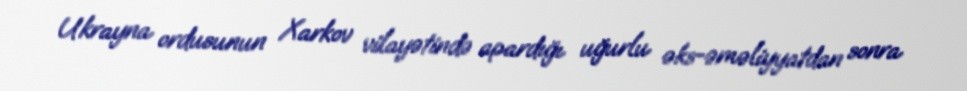
Ukrayna ordusunun Xarkov vilayətində apardığı uğurlu əks-əməliyyatdan sonra